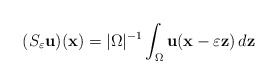
\begin{align*}(S_\varepsilon \mathbf{u})(\mathbf{x})=\vert \Omega \vert ^{-1}\int _\Omega \mathbf{u}(\mathbf{x}-\varepsilon \mathbf{z})\,d\mathbf{z}\end{align*}